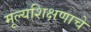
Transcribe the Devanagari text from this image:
मूल्यशिक्षणाचे